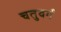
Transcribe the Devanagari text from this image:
चतुवर्ग